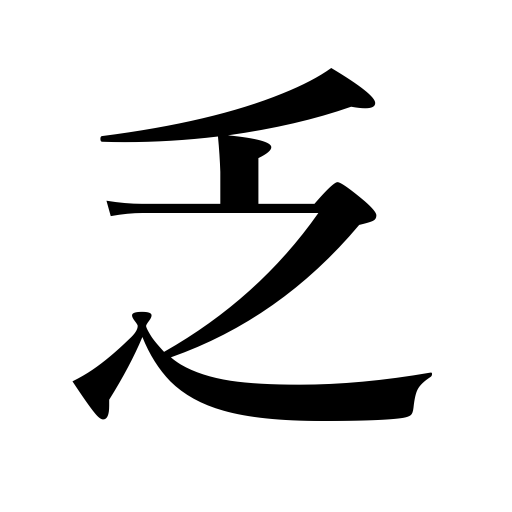
Meanings: limited,destitute,meager,scarce,hard up